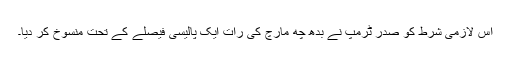
اس لازمی شرط کو صدر ٹرمپ نے بدھ چھ مارچ کی رات ایک پالیسی فیصلے کے تحت منسوخ کر دیا۔